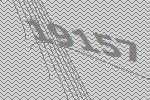
19157